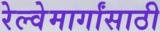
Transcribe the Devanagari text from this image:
रेल्वेमार्गांसाठी